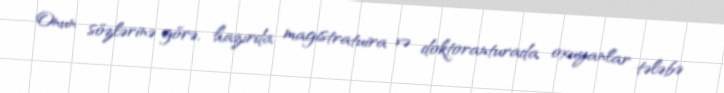
Onun sözlərinə görə, hazırda magistratuira və doktoranturada oxuyanlar tələbə